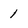
Character: 1